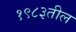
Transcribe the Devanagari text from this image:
१९८३तील